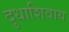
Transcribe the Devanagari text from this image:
दुधाशिवाय